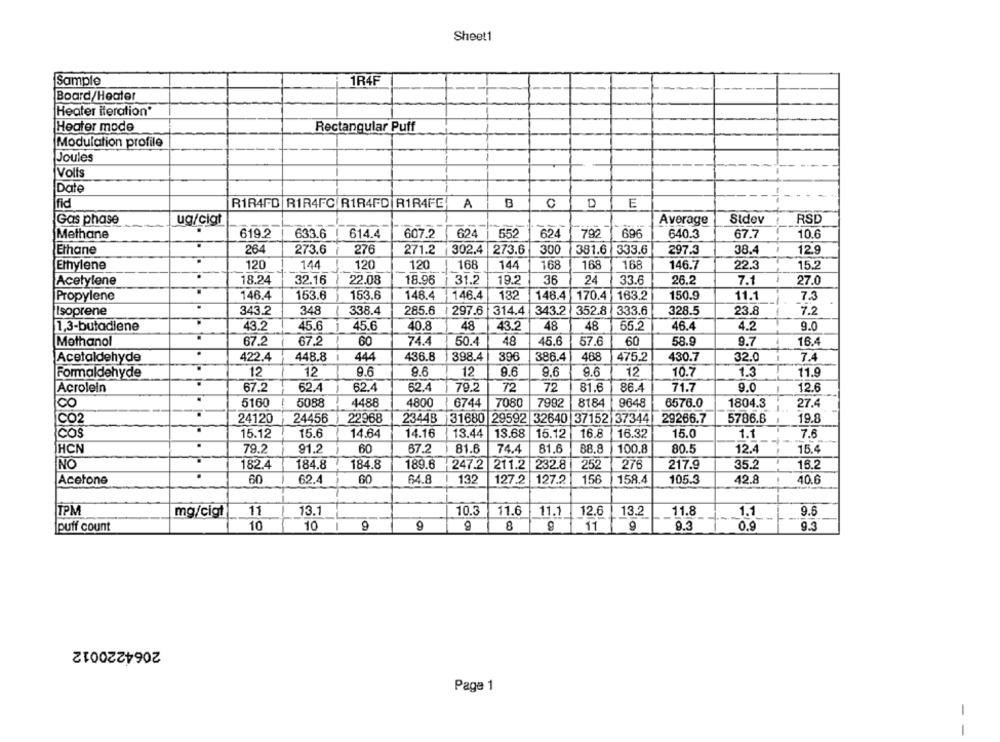
Sheet1
Sample
1R4F
Board/Heater
Heater iteration*
Rectangular Puff
Heater mode
Modulation profile
Joules
Volfs
Date
fid
R1R4FD RIR4FC R1R4FD R1R4FC
A
B
0
D
E
Gas phase
ug/cigt
Average
Stdev
RSD
Methane
619.2
633.6
614.4
607.2
624
552
624
792
696
640.3
67.7
10.6
Ethane
264
273.6
276
271.2
302.4
273.6
300
381.6
333.6
297.3
38.4
12.9
Ethylene
120
144
120
120
168
144
168
168
168
146.7
22.3
15.2
Acetylene
18.24
32.16
22.08
18.96
31.2
19.2
36
24
33.6
26.2
7.1
27.0
Propylene
146.4
153.6
153.6
148.4
146.4
132
148.4
170.4
163.2
150.9
11.1
7.3
Isoprene
.
343.2
348
338.4
285.6
1 297.6
314.4
343.2
352.8
333.6
328.5
23.8
7.2
1,3-butadiene
43.2
45.6
45.6
40.8
48
43.2
48
48
65.2
46.4
4.2
9.0
Methanol
67.2
67.2
60
74.4
50.4
48
45.6
57.6
60
58.9
16.4
9.7
.
422.4
448.8
444
436.8
398.4
396
386.4
488
475.2
430.7
7.4
Acetaldehyde
32.0
9.6
12
12
10.7
Formaldehyde
12
12
9.6
9.6
9,6
9.6
1.3
11.9
Acrolein
67.2
62.4
62.4
62.4
79.2
72
72
81.6
86.4
71.7
9.0
12.6
.
00
5160
5088
4488
4800
6744
7080
7992
8184
9648
6576.0
1804.3
27.4
CO2
24120
24456
22968
23443 31680 29592 32640 37152 37344
2344B
29266.7
5786.8
19.8
COS
15.12
15.6
14.64
14.16
13.44
13.68
15.12
16.8
16.32
15.0
1.1
7.6
IHCN
.
79.2
91.2
60
67.2
81.6
74.4
81.6
88.8
100,8
80.5
12.4
15.4
NO
182.4
184.8
184.8
189.6
247.2 211.2
232.8
252
276
217.9
35.2
16.2
Acetone
60
62.4
60
64.8
132
127.2
127.2
156
158.4
105.3
42.8
40.6
TPM
mg/cigt
11
13.1
10.3
11.6
11.1
12.6
13.2
11.8
1.1
9.6
10
10
9
8
11
9
9.3
0.9
puff count
1
9.3
2064220012
Page 1
-
-